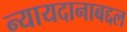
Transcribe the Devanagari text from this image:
न्यायदानाबद्दल